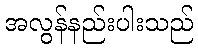
အလွန်နည်းပါးသည်